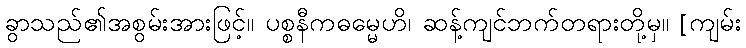
ခွာသည်၏အစွမ်းအားဖြင့်။ ပစ္စနီကဓမ္မေဟိ၊ ဆန့်ကျင်ဘက်တရားတို့မှ။ [ကျမ်း